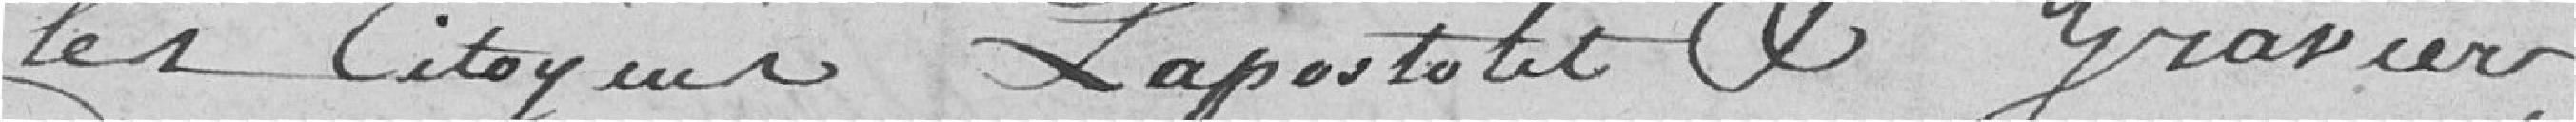
les citoyens Lapostolet et Gravier